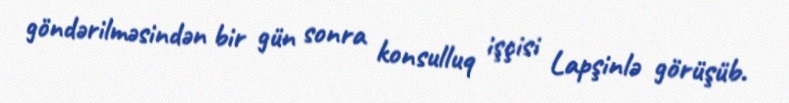
göndərilməsindən bir gün sonra konsulluq işçisi Lapşinlə görüşüb.